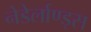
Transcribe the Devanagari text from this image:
नेडेर्लाण्ड्स